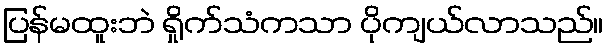
ပြန်မထူးဘဲ ရှိုက်သံကသာ ပိုကျယ်လာသည်။